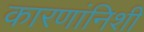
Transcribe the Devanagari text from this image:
कारणांनिशी